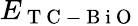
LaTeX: E_{\mathrm{~T~C~-~B~i~O~}}